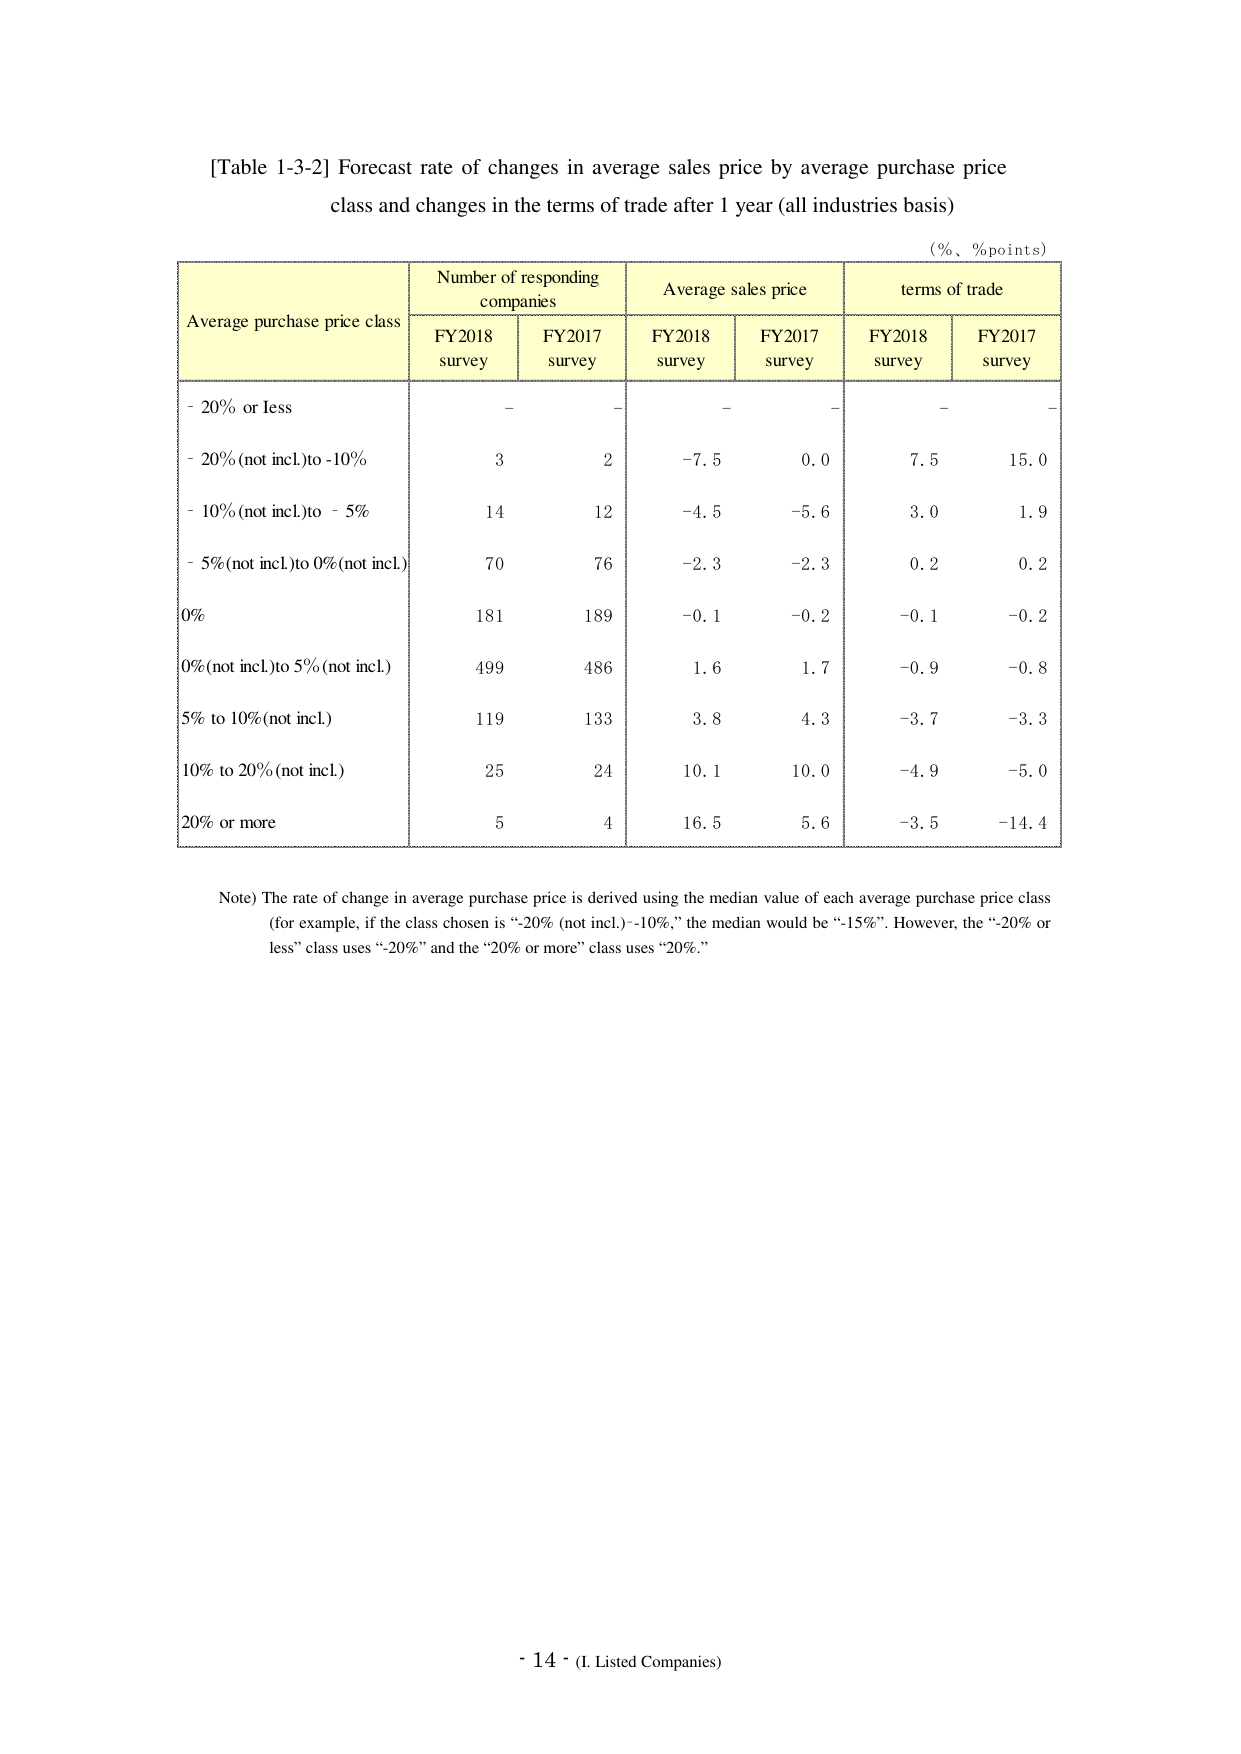
[Table 1-3-2] Forecast rate of changes in average sales price by average purchase price class and changes in the terms of trade after 1 year (all industries basis)

(%, %points)

Average purchase price class | Number of responding companies | Average sales price | terms of trade
--- | --- | --- | ---
 | FY2018 survey | FY2017 survey | FY2018 survey | FY2017 survey | FY2018 survey | FY2017 survey
- 20% or less | – | – | – | – | – | –
- 20% (not incl.) to -10% | 3 | 2 | -7.5 | 0.0 | 7.5 | 15.0
- 10% (not incl.) to -5% | 14 | 12 | -4.5 | -5.6 | 3.0 | 1.9
- 5% (not incl.) to 0% (not incl.) | 70 | 76 | -2.3 | -2.3 | 0.2 | 0.2
0% | 181 | 189 | -0.1 | -0.2 | -0.1 | -0.2
0% (not incl.) to 5% (not incl.) | 499 | 486 | 1.6 | 1.7 | -0.9 | -0.8
5% to 10% (not incl.) | 119 | 133 | 3.8 | 4.3 | -3.7 | -3.3
10% to 20% (not incl.) | 25 | 24 | 10.1 | 10.0 | -4.9 | -5.0
20% or more | 5 | 4 | 16.5 | 5.6 | -3.5 | -14.4

Note) The rate of change in average purchase price is derived using the median value of each average purchase price class (for example, if the class chosen is “-20% (not incl.)–10%,” the median would be “-15%”. However, the “-20% or less” class uses “-20%” and the “20% or more” class uses “20%.”

- 14 - (I. Listed Companies)